Civil Veterinary Department Bihar & Orissa reports 1911-21 - 1911-1921
Year: 1911
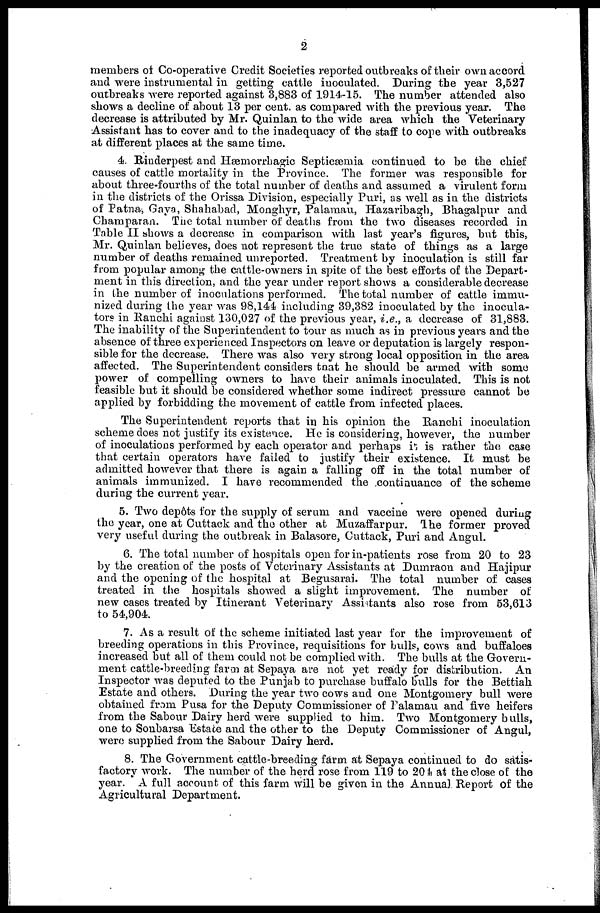
2
members of Co-operative Credit Societies reported outbreaks of their own accord
and were instrumental in getting cattle inoculated. During the year 3,527
outbreaks were reported against 3,883 of 1914-15. The number attended also
shows a decline of about 13 per cent. as compared with the previous year. The
decrease is attributed by Mr. Quinlan to the wide area which the Veterinary
Assistant has to cover and to the inadequacy of the staff to cope with outbreaks
at different places at the same time.
4. Rinderpest and Hæmorrhagic Septicæmia continued to be the chief
causes of cattle mortality in the Province. The former was responsible for
about three-fourths of the total number of deaths and assumed a virulent form
in the districts of the Orissa Division, especially Puri, as well as in the districts
of Patna., Gaya, Shahabad, Monghyr, Palamau, Hazaribagh, Bhagalpur and
Champaran. The total number of deaths from the two diseases recorded in
Table II shows a decrease in comparison with last year's figures, but this,
Mr. Quinlan believes, does not represent the true state of things as a large
number of deaths remained unreported. Treatment by inoculation is still far
from popular among the cattle-owners in spite of the best efforts of the Depart-
ment in this direction, and the year under report shows a considerable decrease
in the number of inoculations performed. The total number of cattle immu-
nized during the year was 98,144 including 39,382 inoculated by the inocula-
tors in Ranchi against 130,027 of the previous year, i.e., a decrease of 31,883.
The inability of the Superintendent to tour as much as in previous years and the
absence of three experienced Inspectors on leave or deputation is largely respon-
sible for the decrease. There was also very strong local opposition in the area
affected. The Superintendent considers that he should be armed with some
power of compelling owners to have their animals inoculated. This is not
feasible but it should be considered whether some indirect pressure cannot be
applied by forbidding the movement of cattle from infected places.
The Superintendent reports that in his opinion the Ranchi inoculation
scheme does not justify its existence. He is considering, however, the number
of inoculations performed by each operator and perhaps it is rather the case
that certain operators have failed to justify their existence. It must be
admitted however that there is again a falling off in the total number of
animals immunized. I have recommended the continuance of the scheme
during the current year.
5. Two dep6ts for the supply of serum and vaccine were opened during
the year, one at Cuttack and the other at Muzaffarpur. The former proved
very useful during the outbreak in Balasore, Cuttack, Puri and Angul.
6. The total number of hospitals open for in-patients rose from 20 to 23
by the creation of the posts of Veterinary Assistants at Dumraon and Hajipur
and the opening of the hospital at Begusarai. The total number of cases
treated in the hospitals showed a slight improvement. The number of
new cases treated by Itinerant Veterinary Assistants also rose from 53,613
to 54,904.
7. As a result of the scheme initiated last year for the improvement of
breeding operations in this Province, requisitions for bulls, cows and buffaloes
increased but all of them could not be complied with. The bulls at the Govern-
ment cattle-breeding farm at Sepaya are not yet ready for distribution. An
Inspector was deputed to the Punjab to purchase buffalo bulls for the Bettiah
Estate and others. During the year two cows and one Montgomery bull were
obtained from Pusa for the Deputy Commissioner of Palamau and five heifers
from the Sabour Dairy herd were supplied to him. Two Montgomery bulls,
one to Sonbarsa Estate and the other to the Deputy Commissioner of Angul,
were supplied from the Sabour Dairy herd.
8. The Government cattle-breeding farm at Sepaya continued to do satis-
factory work. The number of the herd rose from 119 to 204 at the close of the
year. A full account of this farm will be given in the Annual Report of the
Agricultural Department.